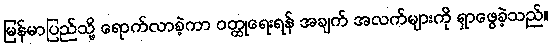
မြန်မာပြည်သို့ ရောက်လာခဲ့ကာ ဝတ္ထုရေးရန် အချက် အလက်များကို ရှာဖွေခဲ့သည်။